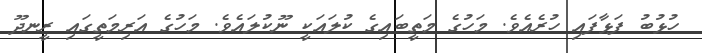
ހުޅުބު ފަޅާފައި ހުރެއެވެ. މަހުގެ މަތީބައިގެ ކުލައަކީ ނޫކުލައެވެ. މަހުގެ އަރިމަތީގައި ރީނދޫ